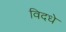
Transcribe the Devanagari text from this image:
विदधे